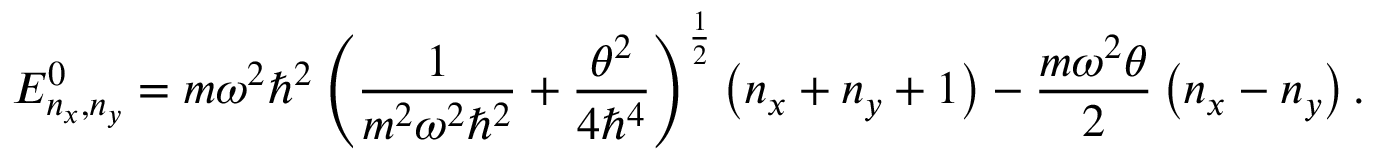
E _ { n _ { x } , n _ { y } } ^ { 0 } = m \omega ^ { 2 } \hbar ^ { 2 } \left( \frac { 1 } { m ^ { 2 } \omega ^ { 2 } \hbar ^ { 2 } } + \frac { \theta ^ { 2 } } { 4 \hbar ^ { 4 } } \right) ^ { \frac { 1 } { 2 } } \left( n _ { x } + n _ { y } + 1 \right) - \frac { m \omega ^ { 2 } \theta } { 2 } \left( n _ { x } - n _ { y } \right) .